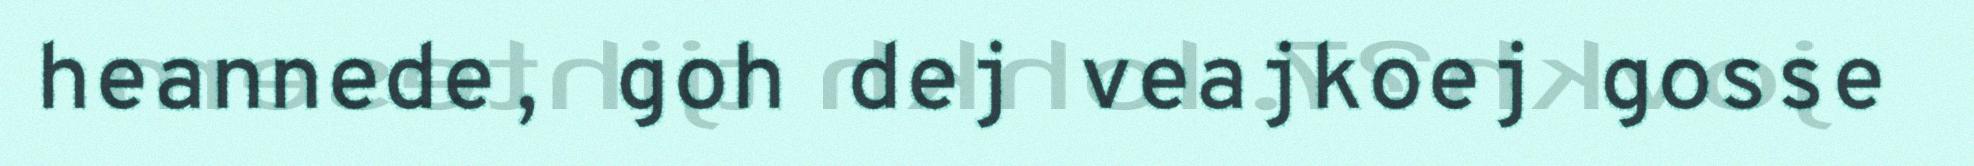
heannede, goh dej veajkoej gosse